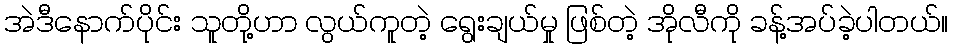
အဲဒီနောက်ပိုင်း သူတို့ဟာ လွယ်ကူတဲ့ ရွေးချယ်မှု ဖြစ်တဲ့ အိုလီကို ခန့်အပ်ခဲ့ပါတယ်။